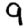
Digit: 9